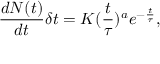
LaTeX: \frac { d N ( t ) } { d t } \delta t = K ( \frac { t } { \tau } ) ^ { a } e ^ { - \frac { t } { \tau } } ,